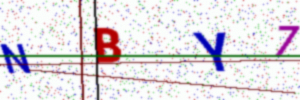
Text: NBY7